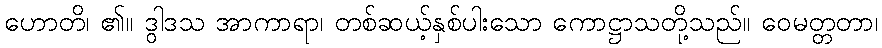
ဟောတိ၊ ၏။ ဒွါဒသ အာကာရာ၊ တစ်ဆယ့်နှစ်ပါးသော ကောဋ္ဌာသတို့သည်။ ဝေမတ္တတာ၊